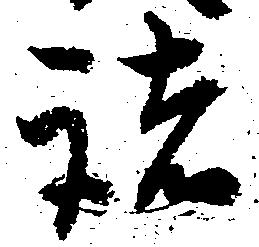
諸